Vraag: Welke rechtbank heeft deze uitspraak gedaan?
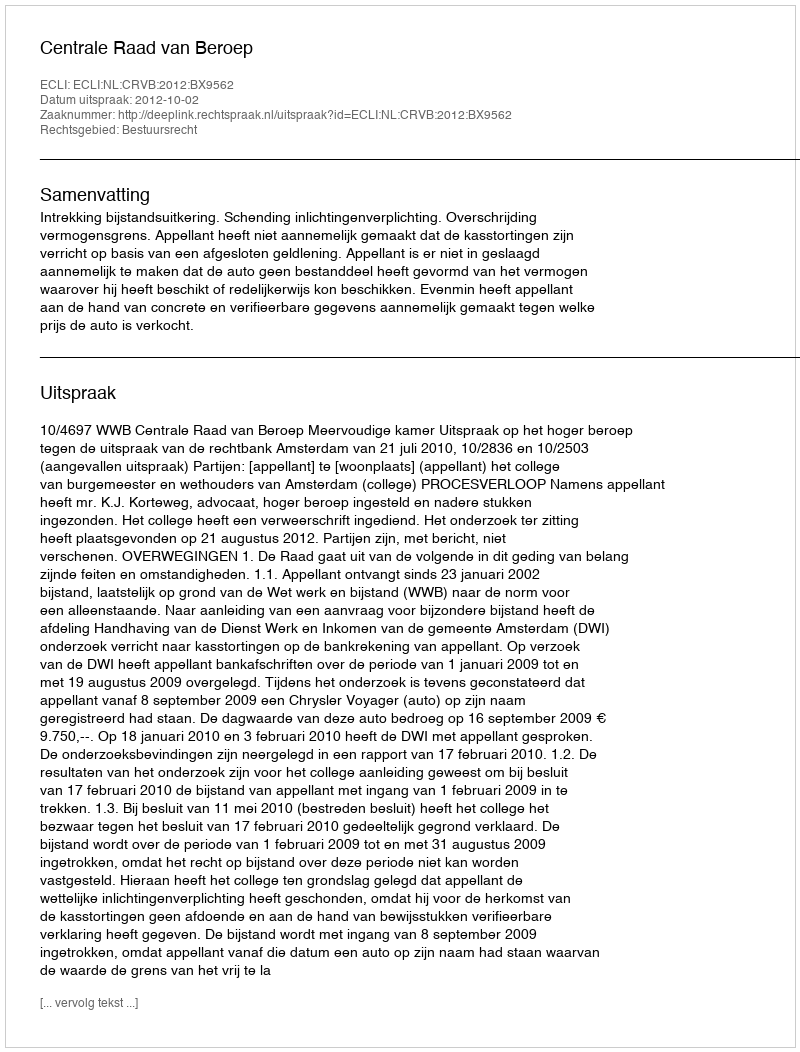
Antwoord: Centrale Raad van Beroep